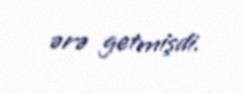
ərə getmişdi.